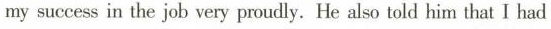
my sucoess in the job very pnuily. He also told him that I had